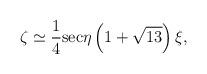
LaTeX: \begin{align*}\zeta\simeq\frac{1}{4}{\rm sec}\eta\left(1+\sqrt{13}\right)\xi ,\end{align*}